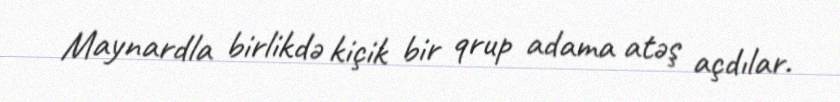
Maynardla birlikdə kiçik bir qrup adama atəş açdılar.